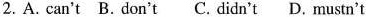
2. A. can't B. don't C. didn't D. mustn't